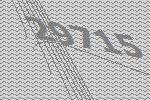
29715